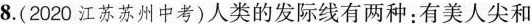
8.(2020江苏苏州中考)人类的发际线有两种：有美人尖和